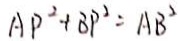
A P ^ { 2 } + B P ^ { 2 } = A B ^ { 2 }